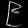
Digit: ၉